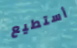
أستطيع